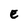
Character: E